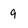
Character: 9